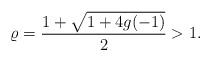
LaTeX: \begin{align*} \varrho = \frac{1 + \sqrt{1+4g(-1)}}{2} > 1.\end{align*}